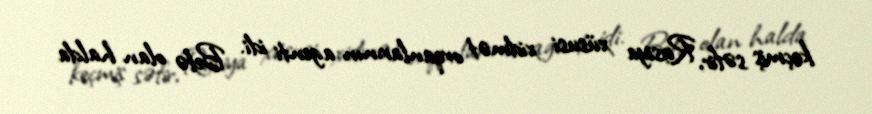
keçmiş səfir, Rusiya xüsusi xidmət orqanlarının agenti idi. Belə olan halda